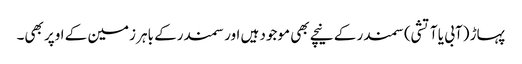
پہاڑ (آبی یا آتشی) سمندر کے نیچے بھی موجود ہیں اور سمندرکے باہر زمین کے اوپر بھی۔